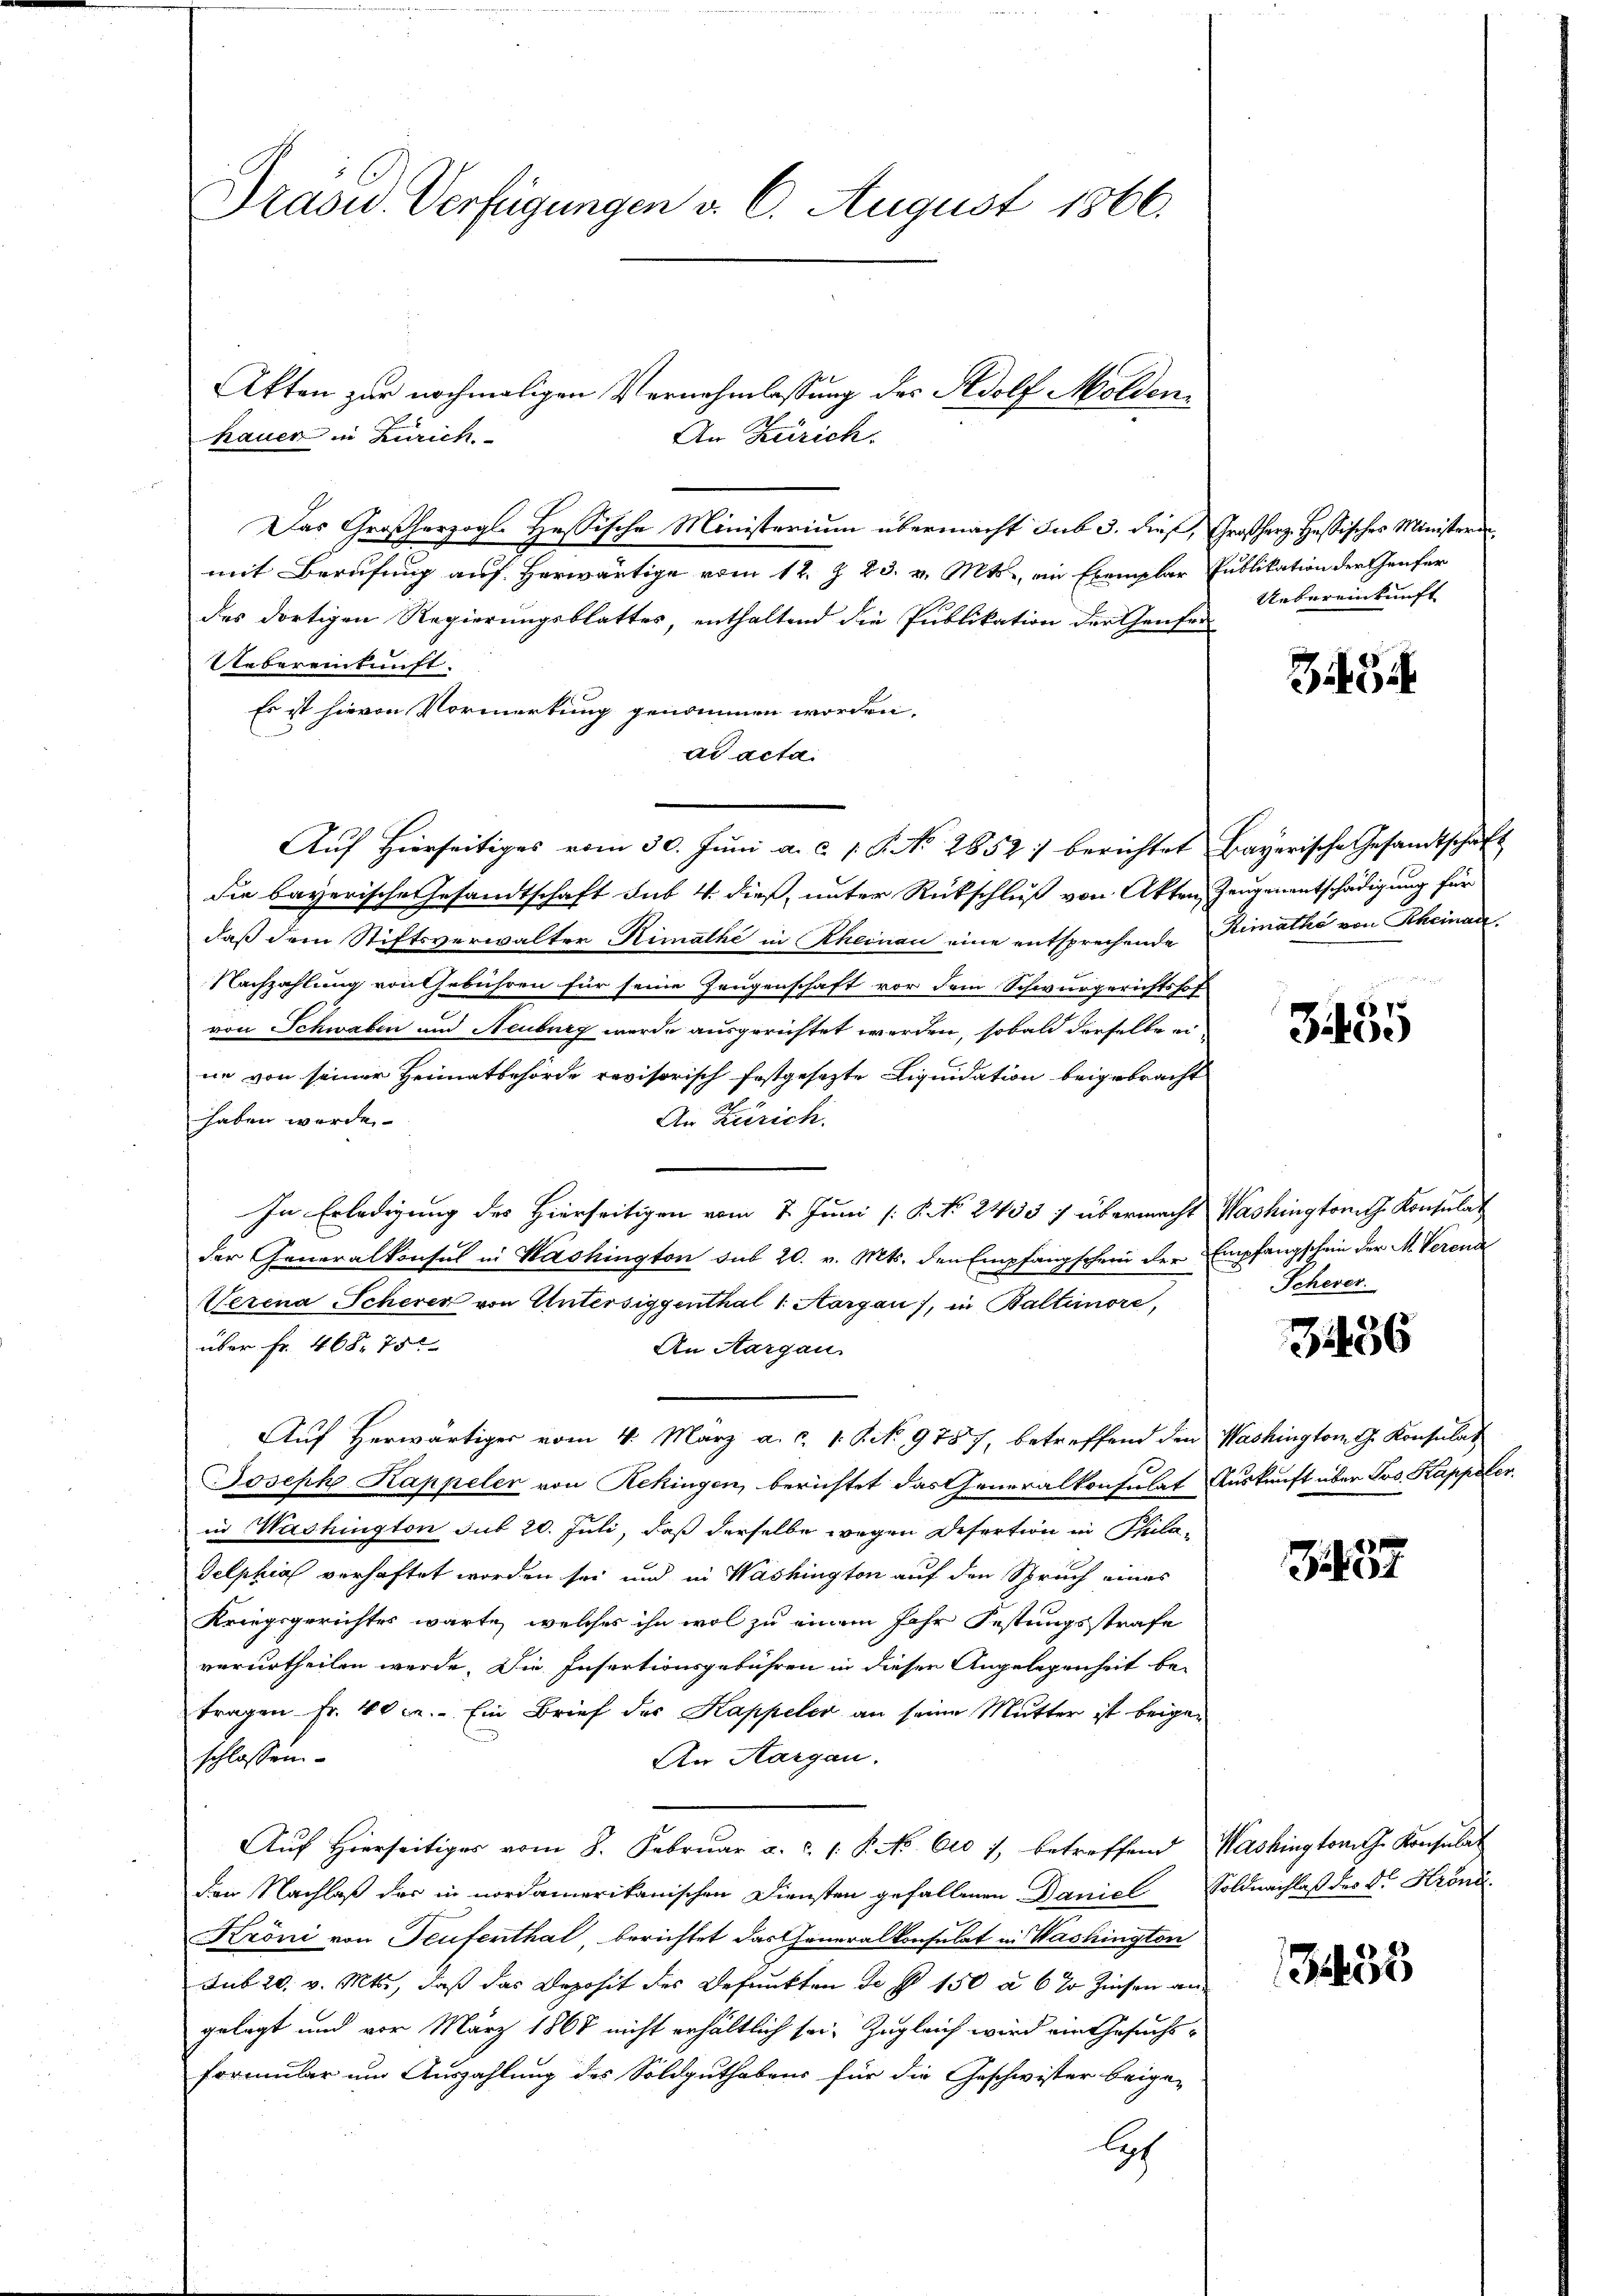
Präsid. Verfügungen d. 6. August 1866.

Akten zur nochmaligen Vernehmlassung des Adolf Molden¬
An Zürich.
hauer in Zürich
Das Großherzogl. Hessische Ministerium übermacht sub 3. dieß, Großherz. Hassisches Ministeren
mit Berufung auf herwärtige vom 12. Z. 23. v. Mts., ein Exemplar
des dortigen Regierungsblattes, enthaltend die Publikation der Genfer
Uebereinkunft.
Es ist hievon Vormerkung genommen worden.
ad acta
die bayerische Gesandtschaft sub 4. dieß, unter Rückschluß von Akten Zeugenentschädigung für
daß dem Stiftsverwalter, Rimathe in Rheinau eine entsprechende
Nachzahlung von Gebühren für seine Zeugenschaft vor dem Schwurgerichtshof
von Schwaben und Neuburg wurde ausgerichtet werden, sobald derselbe ei
ne von seiner Heimatbehörde revisorisch festgesezte Liquidation beigebracht
haben werde.
An Zürich.
In Erledigung des Hierseitigen vom 7. Juni / 5. No. 2433 7 übermacht Washingtonith Konsulat
der Generalkonsul in Washington sub 20. v. Mts. den Empfangschein der Empfangschein der M. Verend
Verena Scherer von Untersiggenthal 1. Aargau), in Baltinore,
über Fr. 468. 75
An Aargau.
Auf Herwärtiger vom 4. März a. c. 1 S. 9787, betreffend den
Joseph Kappeler von Rekingen, berichtet das Generalkonsulat Auskunft über Jos. Kappeler.
in Washington sub 20. Juli, daß derselbe wegen Defertion in Puladelphia verhaftet worden sei und in Washington auf den Spruch eines
Kriegsgerichtes warte, welches ihn wol zu einem Jahr Festungsstrafe
verurtheilen werde. Die Insertionsgebühren in dieser Angelegenheit be-
tragen Fr. 40 c. Ein Brief des Kappeler an seine Mutter ist beige¬
An Aargau.
schlossen.
Auf Hierseitiges vom 8. Februar a. c. 1 S. No 610 /, betreffend Washingtowitz. Konsulat
Den Nachlaß der in nordamerikanischen Diensten gefallenen Daniel Soldnachlaß des Dr. Kröni¬
Kröni von Teufenthal berichtet das Generalkonsulat in Washington
sub 20. v. Mts., daß das Deposit des Befunkten des 150 à 6 % Zinsen an
gelegt und vor März 1868 nicht erhältlich sei. Zugleich wird ein Gesuchsformular um Auszahlung des Soldguthabens für die Geschwister beige-
lech

Auf Hierseitiges vom 30. Juni a. c. 1 S. No 2852) berichtet Bayerische Gesandtschaft

Publikation der Genfer
Uebereinkunft

3

Rimathe von Scheinau,

3455

Schever

1456

Washington G. Konsulat

77

333